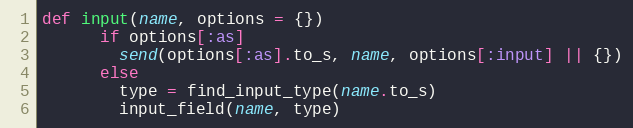
Language: Ruby
def input(name, options = {})
      if options[:as]
        send(options[:as].to_s, name, options[:input] || {})
      else
        type = find_input_type(name.to_s)
        input_field(name, type)